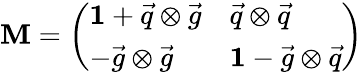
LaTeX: \mathbf{M}=\left(\begin{array}{ll}{{{\mathbf 1}+{\vec{q}}\otimes{\vec{g}}}}&{{{\vec{q}}\otimes{\vec{q}}}}\\ {{-{\vec{g}}\otimes{\vec{g}}}}&{{{\mathbf 1}-{\vec{g}}\otimes{\vec{q}}}}\end{array}\right)